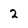
Character: 2